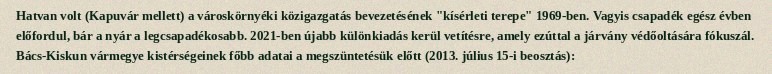
Hatvan volt (Kapuvár mellett) a városkörnyéki közigazgatás bevezetésének "kísérleti terepe" 1969-ben. Vagyis csapadék egész évben előfordul, bár a nyár a legcsapadékosabb. 2021-ben újabb különkiadás kerül vetítésre, amely ezúttal a járvány védőoltására fókuszál. Bács-Kiskun vármegye kistérségeinek főbb adatai a megszüntetésük előtt (2013. július 15-i beosztás):